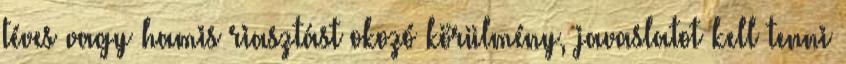
téves vagy hamis riasztást okozó körülmény, javaslatot kell tenni